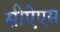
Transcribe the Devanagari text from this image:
सीऐएस